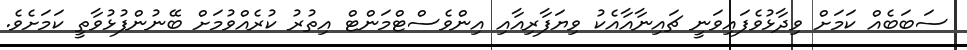
ސަބަބެއް ކަމަށް ވިދާޅުވެފައިވަނީ ޗައިނާއާއެކު ވިޔަފާރިއާއި އިންވެސްޓްމަންޓް އިތުރު ކުރެއްވުމަށް ބޭނުންފުޅުވާތީ ކަމަށެވެ.